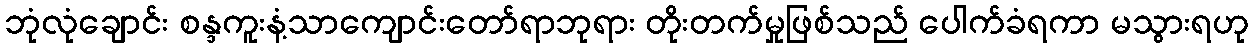
ဘုံလုံချောင်း စန္ဒကူးနံ့သာကျောင်းတော်ရာဘုရား တိုးတက်မှုဖြစ်သည် ပေါက်ခံရကာ မသွားရဟု